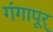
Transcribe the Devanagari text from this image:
गंगापूर्